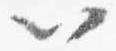
以